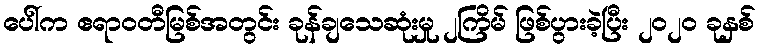
ပေါ်က ဧရာဝတီမြစ်အတွင်း ခုန်ချသေဆုံးမှု ၂ကြိမ် ဖြစ်ပွားခဲ့ပြီး ၂၀၂၀ ခုနှစ်